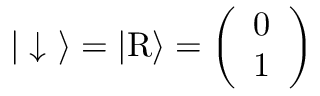
\begin{array} { r } { | \downarrow \ \rangle = | \mathrm { R } \rangle = \left( \begin{array} { c } { 0 } \\ { 1 } \end{array} \right) } \end{array}